Lunatic asylums United Provinces 1909-1921 - 1909-1921
Year: 1909
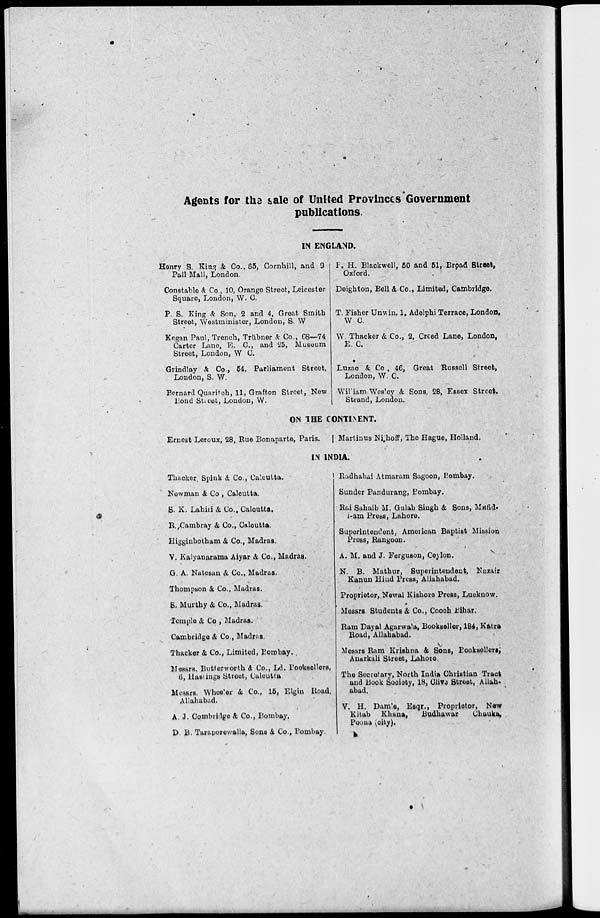
Agents for the sale of United Provinces Government
publications.
IN ENGLAND.
Henry S. King & Co., 65, Cornhill, and 9
Pall Mall, London.
Constable & Co , 10, Orange Street, Leicester
Square, London, W. C.
P. S. King & Son, 2 and 4, Great Smith
Street, Westminister, London, S. W
Kegan Paul, Trench, Trübner & Co., 68—74
Carter Lane, E. C, and 25, Museum
Street, London, W. C.
Grindlay & Co., 54, Parliament Street,
London, S. W.
Bernard Quaritch, 11, Grafton Street, New
Bond Street, London, W.
F. H. Blackwell, 50 and 51, Broad Street,
Oxford.
Deighton, Bell & Co., Limited, Cambridge.
T. Fisher Unwin, 1, Adelphi Terrace, London,
W. C.
W. Thacker & Co., 2, Creed Lane, London,
E. C.
Luzac & Co. 46, Great Russell Street,
London, W. C.
William Wesley & Sons, 28, Essex Street,
Strand, London.
ON THE CONTINENT.
Ernest Leroux, 28, Rue Bonaparte, Paris.
Martinus Nijhoff, The Hague, Holland.
IN INDIA.
Thacker Spink & Co., Calcutta.
Newman & Co , Calcutta.
S. K. Lahiri & Co., Calcutta.
R. Cambray & Co., Calcutta.
Higginbotham & Co., Madras.
V. Kalyanarama Aiyar & Co., Madras.
G. A. Natesan & Co., Madras.
Thompson & Co., Madras.
S. Murthy & Co., Madras.
Temple & Co , Madras.
Cambridge & Co., Madras.
Thacker & Co., Limited, Bombay.
Messrs. Butterworth & Co., Ld. Booksellers,
6, Hastings Street, Calcutta.
Messrs. Wheeler & Co., 15, Elgin Road,
Allahabad.
A. J. Combridge & Co., Bombay.
D. B. Taraporewalla, Sons & Co., Bombay.
Radhabai Atmaram Sagoon, Bombay.
Sunder Pandurang, Bombay.
Rai Sahaib M. Gulab Singh & Sons, Mafid¬
i-am Press, Lahore,
Superintendent, American Baptist Mission
Press, Rangoon.
A. M. and J. Ferguson, Ceylon.
N. B. Mathur, Superintendent, Nazair
Kanun Hind Press, Allahabad.
Proprietor, Newal Kishore Press, Lucknow.
Messrs Students & Co., Cooch Bihar.
Ram Dayal Agarwala, Bookseller, 184, Katra
Road, Allahabad.
Messrs Ram Krishna & Sons, Booksellers,
Anarkali Street, Lahore.
The Secretary, North India Christian Tract
and Book Society, 18, Cliva Street, Allah¬
abad.
V. H. Damle, Esqr., Proprietor, New
Kitab Khana,
Budhawar
Chauka,
Poona (city).